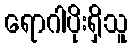
ရောဂါပိုးရှိသူ